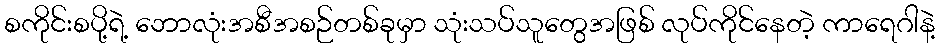
စကိုင်းစပို့ရဲ့ ဘောလုံးအစီအစဉ်တစ်ခုမှာ သုံးသပ်သူတွေအဖြစ် လုပ်ကိုင်နေတဲ့ ကာရေဂါနဲ့